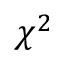
\chi ^ { 2 }